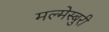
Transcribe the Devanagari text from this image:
मल्मेस्बुरी